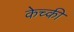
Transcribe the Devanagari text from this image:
केच्की